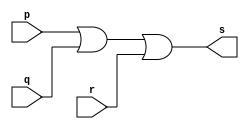
// -------------------------
// Exercicio05 - OR
// Nome: Thaise Souto Martins
// ------------------------- 
 
// ------------------------- 
// -- or gate 
// ------------------------- 
module orgate (output s, input p, input q, input r);
	assign s = p | q | r;
endmodule

module testorgate;
	reg a, b, c;
	wire  s;
	orgate OR1 (s, a,b,c);
	
	initial 
	begin
		a = 0;
		b = 0;
		c = 0;
	end

	initial
	begin
		$display("Exercicio05 - Thaise Souto Martins - 395504");
      $display("Test or gate"); 
      $display("\na | b | c = s\n"); 
      a=0; b=0; c=0;
		$monitor("%b | %b | %b = %b",a,b,c,s);
		#1 c=1;
		#1 b=1;
			c=0;
		#1	c=1;
		#1 a=1;
			b=0;
			c=0;
		#1 c=1;
		#1 c=0;
			b=1;
		#1 c=1;
	end
	
endmodule

    // Exercicio05 - Thaise Souto Martins - 395504
    // Test or gate
    // 
    // a | b | c = s
    // 
    // 0 | 0 | 0 = 0
    // 0 | 0 | 1 = 1
    // 0 | 1 | 0 = 1
    // 0 | 1 | 1 = 1
    // 1 | 0 | 0 = 1
    // 1 | 0 | 1 = 1
    // 1 | 1 | 0 = 1
    // 1 | 1 | 1 = 1